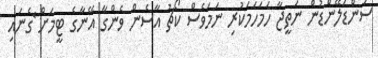
ސަންޑަލޭންޑުން ނަތީޖާ ހަމަހަމަކުރި ނަމަވެސް ކޯޗު އާސެން ވެންގާ އޭނާގެ ޓީމަށް ެގެނައި